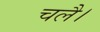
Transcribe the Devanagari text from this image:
चलै।